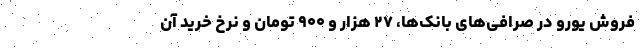
فروش یورو در صرافی‌های بانک‌ها، ۲۷ هزار و ۹۰۰ تومان و نرخ خرید آن